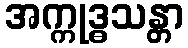
အက္ကုဒ္ဓသန္တာ